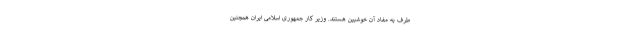
طرف به مفاد آن خوشبین هستند. وزیر کار جمهوری اسلامی ایران همچنین